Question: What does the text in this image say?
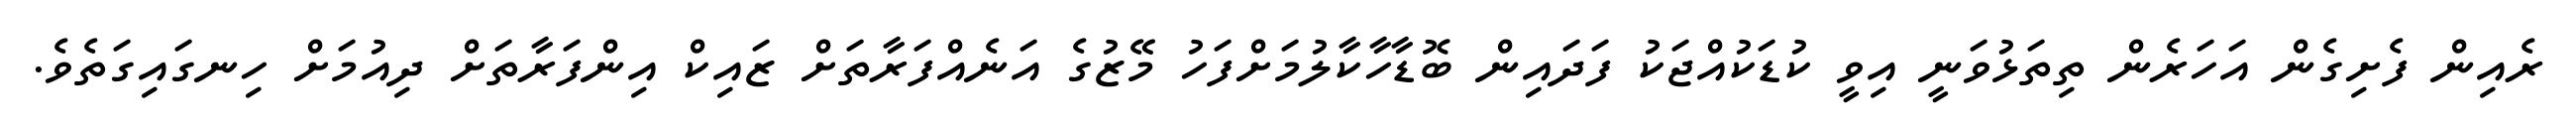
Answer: ރެއިން ފެށިގެން އަހަރެން ތިތަޅުވަނީ އިވީ ކުޑަކުއްޖަކު ފަދައިން ބޮޑާހާކާލުމަށްފަހު މޭޒުގެ އަނެއްފަރާތަށް ޒައިކް އިންފަރާތަށް ދިއުމަށް ހިނގައިގަތެވެ.